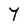
Character: Y